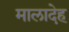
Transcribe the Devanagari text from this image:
मालादेह